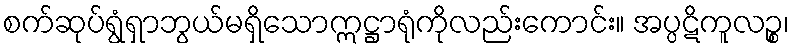
စက်ဆုပ်ရွံရှာဘွယ်မရှိသောဣဋ္ဌာရုံကိုလည်းကောင်း။ အပ္ပဋိကူလဉ္စ၊